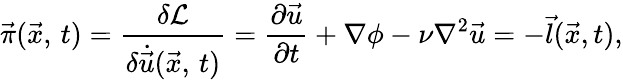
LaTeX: \vec{\pi}(\vec{x},\, t)={\frac{\delta{\cal L}}{{\delta\dot{\vec{u}}}(\vec{x},\, t)}}={\frac{\partial\vec{u}}{\partial t}}+\nabla\phi-\nu\nabla^{2}\vec{u}=-\vec{l}(\vec{x},t),